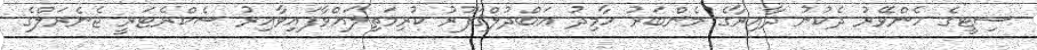
ސިޓީގެ ހެންވޭރު ދެކުނު ދާއިރާގެ މެންބަރު ހާމިދު ޢަބްދުލްޤަފޫރު ކުރިމަތިލައްވާފައިވާއިރު ސެކްރެޓަރީ ޖެނެރަލްގެ